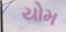
યોમ